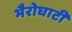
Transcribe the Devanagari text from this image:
भैरोघाटी